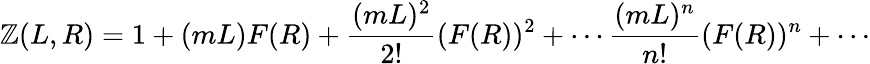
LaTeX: \mathbb{Z}(L,R)=1+(mL)F(R)+\frac{{(mL)^{2}}}{{2!}}(F(R))^{2}+\cdots\frac{{(mL)^{n}}}{{n!}}(F(R))^{n}+\cdots